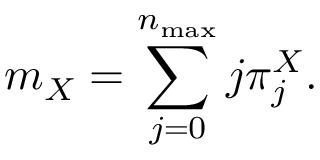
m _ { X } = \sum _ { j = 0 } ^ { n _ { \operatorname* { m a x } } } j \pi _ { j } ^ { X } .